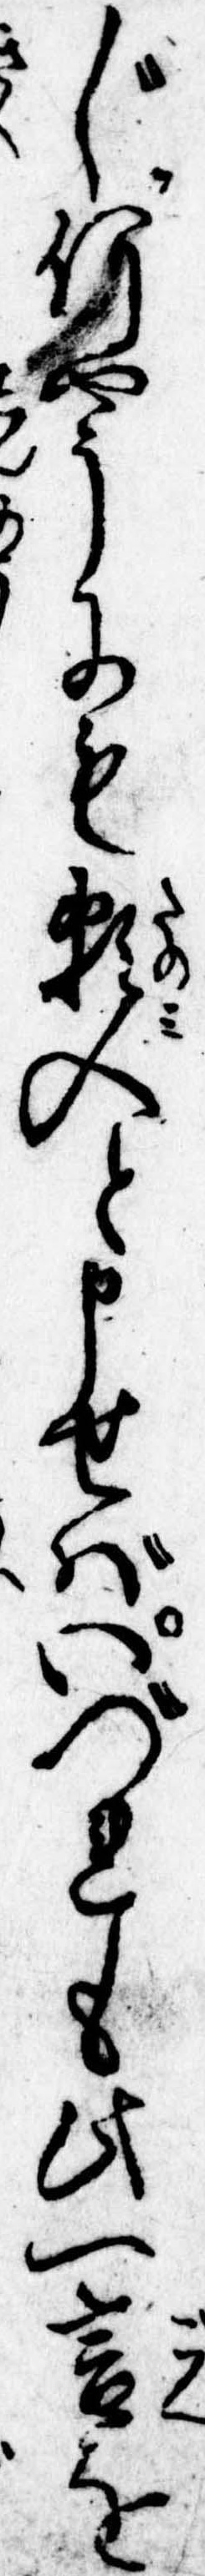
じ何やうにも頼入と申せばいづれも此一言を